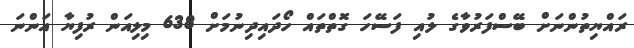
ރައްޔިތުންނަށް ބޭސްފަރުވާގެ ލުއި ފަސޭހަ ގޮތްތައް ހޯދައިދިނުމަށް 638 މިލިއަން ރުފިޔާ އަންނަ